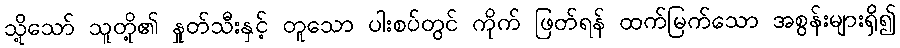
သို့သော် သူတို့၏ နှုတ်သီးနှင့် တူသော ပါးစပ်တွင် ကိုက် ဖြတ်ရန် ထက်မြက်သော အစွန်းများရှိ၍